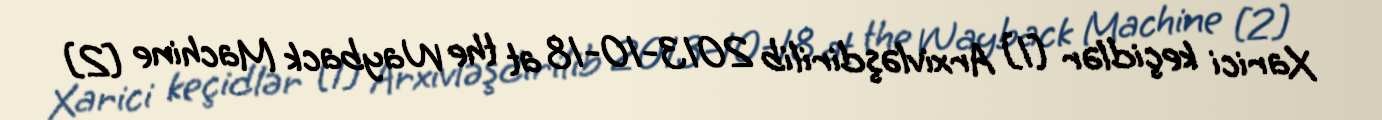
Xarici keçidlər [1] Arxivləşdirilib 2013-10-18 at the Wayback Machine [2]